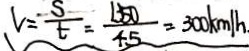
V = \frac { s } { t } = \frac { 1 3 5 0 } { 4 5 } = 3 0 0 k m / h